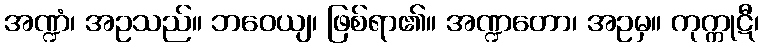
အဏ္ဍံ၊ အဥသည်။ ဘဝေယျ၊ ဖြစ်ရာ၏။ အဏ္ဍတော၊ အဥမှ။ ကုက္ကုဋီ၊